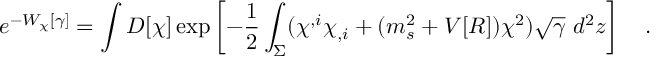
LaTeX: e ^ { - W _ { \chi } [ \gamma ] } = \int D [ \chi ] \exp \left[ - \frac 1 2 \int _ { \Sigma } ( \chi ^ { , i } \chi _ { , i } + ( m _ { s } ^ { 2 } + V [ { \cal R } ] ) \chi ^ { 2 } ) \sqrt { \gamma } ~ d ^ { 2 } z \right] ~ ~ ~ .